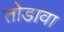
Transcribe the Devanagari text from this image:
तोडावा